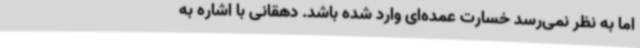
اما به نظر نمی‌رسد خسارت عمده‌ای وارد شده باشد. دهقانی با اشاره به